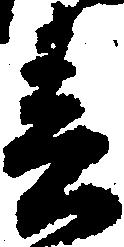
春